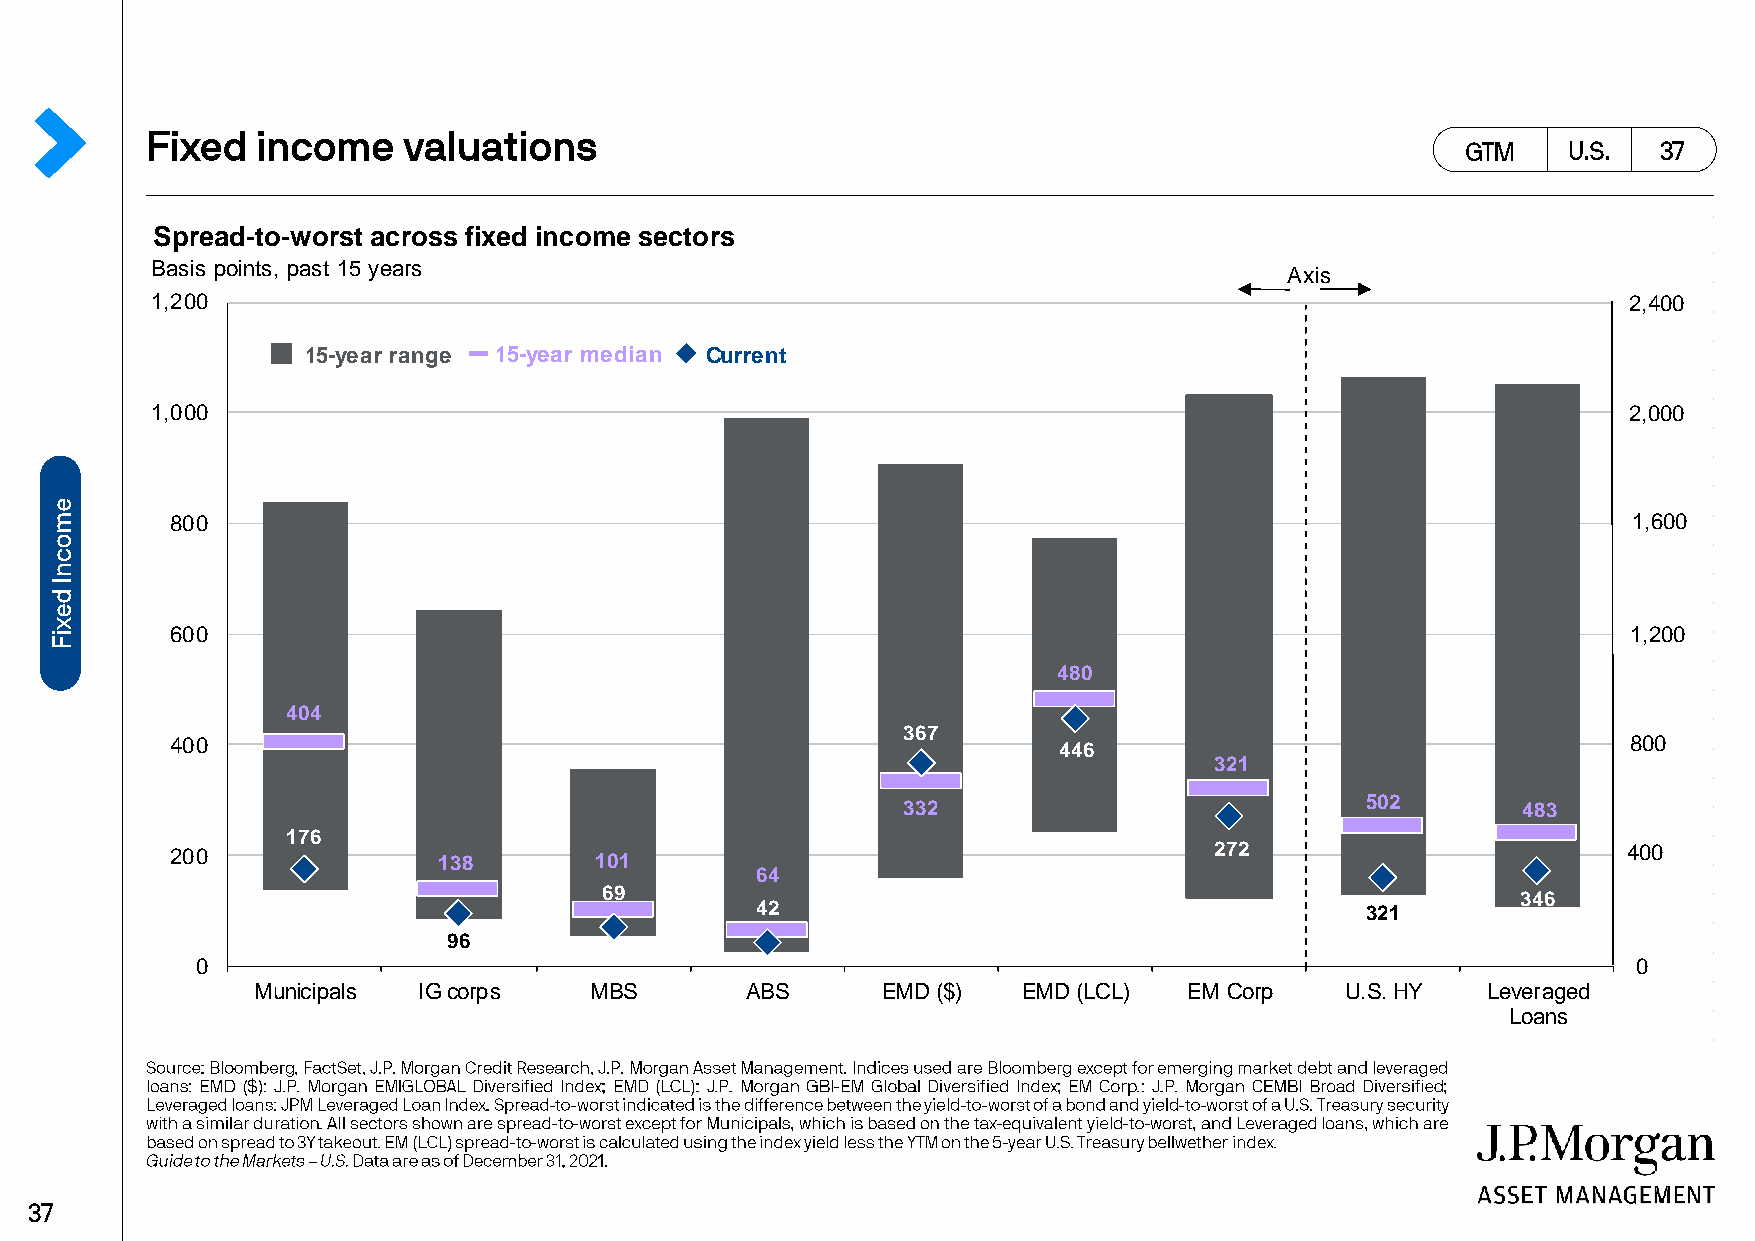
Spread-to-worst across fixed income sectors
 Basis points, past 15 years
 Axis
 1,200                                                                                             2,400
 15-year range 15-year median Current
 1,000                                                                                             2,000
 800                                                                                              1,600
 600                                                                                              1,200
 480
 404
 367
 400                                                        446                                   800
 321
 332                           502        483
 176
 200               138       101                                      272                         400
 64
 69                                                           346
 42                                      321
 96
 0                                                                                              0
 Municipals IG corps   MBS       ABS      EMD ($)   EMD (LCL)  EM Corp   U.S. HY  Leveraged
 Loans